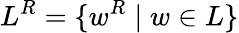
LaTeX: L^{R}=\{ w^{R}\mid w\in L\}